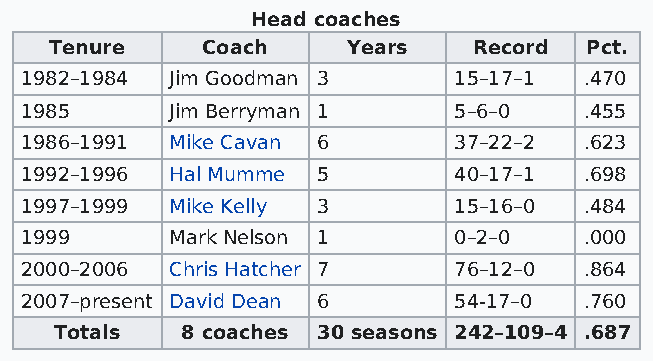
Head coaches
 Tenure    Coach     Years   Record  Pct.
 1982–1984 Jim Goodman 3      15–17–1  .470
 1985      Jim Berryman 1     5–6–0    .455
 1986–1991 Mike Cavan 6       37–22–2  .623
 1992–1996 Hal Mumme 5        40–17–1  .698
 1997–1999 Mike Kelly 3       15–16–0  .484
 1999      Mark Nelson 1      0–2–0    .000
 2000–2006 Chris Hatcher 7    76–12–0  .864
 2007–present David Dean 6    54-17–0  .760
 Totals  8 coaches 30 seasons 242–109–4 .687